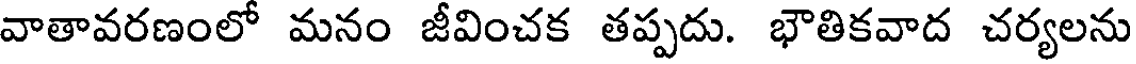
వాతావరణంలో మనం జీవించక తప్పదు. భౌతికవాద చర్యలను